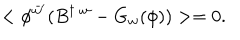
LaTeX: < \phi ^ { \bar { w } ^ { \prime } } ( B ^ { \dagger \; w } - G _ { w } ( \phi ) ) > = 0 .